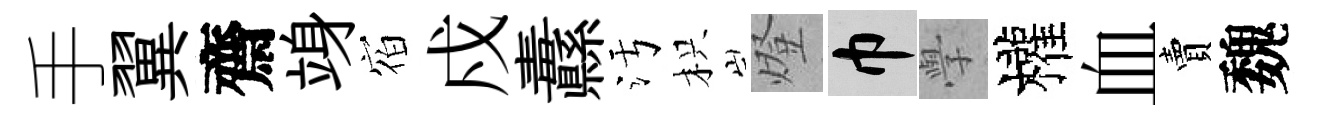
手翼齋竧𪧐戍纛污枳燈巾𭓕權血賣魏